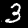
Digit: 3